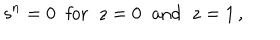
s ^ { n } = 0 \; \; \mathrm { f o r } \; \; z = 0 \; \; \mathrm { a n d } \; \; z = 1 \, ,